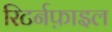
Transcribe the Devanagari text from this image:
रिटर्नफ़ाइल